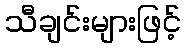
သီချင်းများဖြင့်